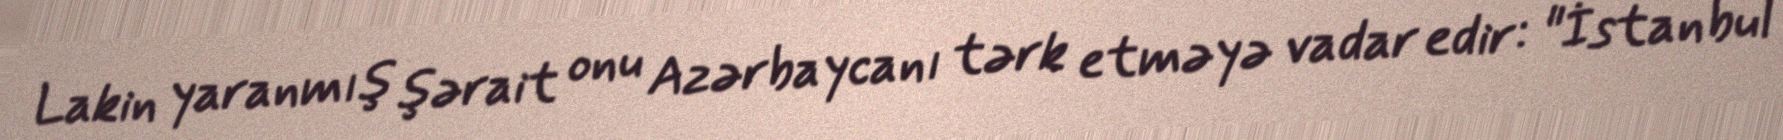
Lakin yaranmış şərait onu Azərbaycanı tərk etməyə vadar edir: "İstanbul